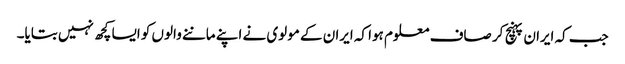
جب کہ ایران پہنچ کر صاف معلوم ہوا کہ ایران کے مولوی نے اپنے ماننے والوں کو ایسا کچھ نہیں بتایا۔